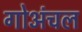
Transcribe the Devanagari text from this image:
गोअंचल